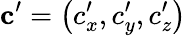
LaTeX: \mathbf{c}^{\prime}=\left(c_{x}^{\prime},c_{y}^{\prime},c_{z}^{\prime}\right)